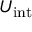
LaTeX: U _ { \mathrm { i n t } }